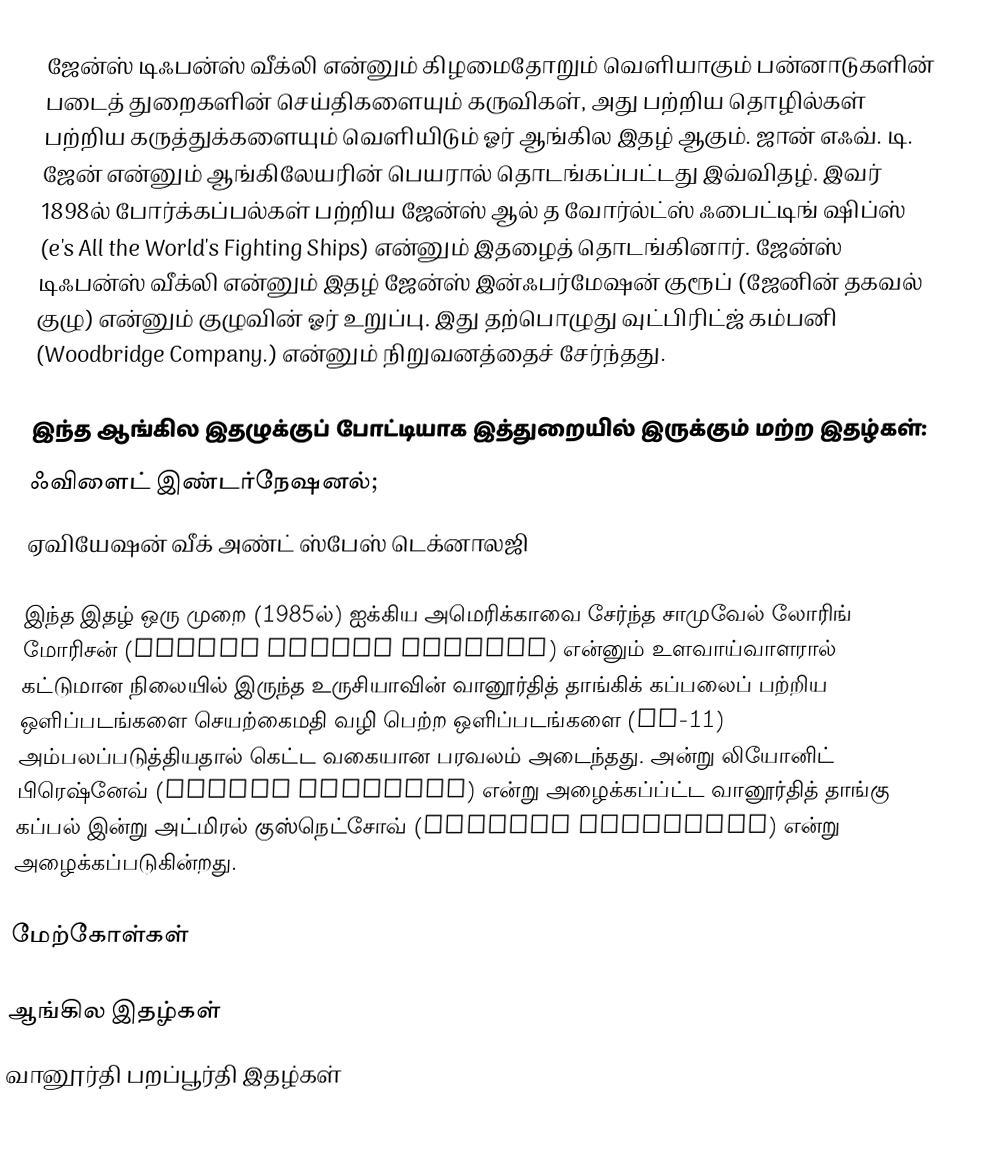
ஜேன்ஸ் டிஃபன்ஸ் வீக்லி என்னும் கிழமைதோறும் வெளியாகும் பன்னாடுகளின் படைத் துறைகளின் செய்திகளையும் கருவிகள், அது பற்றிய தொழில்கள் பற்றிய கருத்துக்களையும் வெளியிடும் ஓர் ஆங்கில இதழ் ஆகும். ஜான் எஃவ். டி. ஜேன் என்னும் ஆங்கிலேயரின் பெயரால் தொடங்கப்பட்டது இவ்விதழ். இவர் 1898ல் போர்க்கப்பல்கள் பற்றிய ஜேன்ஸ் ஆல் த வோர்ல்ட்ஸ் ஃபைட்டிங் ஷிப்ஸ் (e's All the World's Fighting Ships) என்னும் இதழைத் தொடங்கினார். ஜேன்ஸ் டிஃபன்ஸ் வீக்லி என்னும் இதழ் ஜேன்ஸ் இன்ஃபர்மேஷன் குரூப் (ஜேனின் தகவல் குழு) என்னும் குழுவின் ஓர் உறுப்பு. இது தற்பொழுது வுட்பிரிட்ஜ் கம்பனி (Woodbridge Company.) என்னும் நிறுவனத்தைச் சேர்ந்தது.

இந்த ஆங்கில இதழுக்குப் போட்டியாக இத்துறையில் இருக்கும் மற்ற இதழ்கள்:
 ஃவிளைட் இண்டர்நேஷனல்;
 ஏவியேஷன் வீக் அண்ட் ஸ்பேஸ் டெக்னாலஜி

இந்த இதழ் ஒரு முறை (1985ல்) ஐக்கிய அமெரிக்காவை சேர்ந்த சாமுவேல் லோரிங் மோரிசன் (Samuel Loring Morison) என்னும் உளவாய்வாளரால் கட்டுமான நிலையில் இருந்த உருசியாவின் வானூர்தித் தாங்கிக் கப்பலைப் பற்றிய ஒளிப்படங்களை  செயற்கைமதி வழி பெற்ற ஒளிப்படங்களை (KH-11) அம்பலப்படுத்தியதால் கெட்ட வகையான பரவலம் அடைந்தது. அன்று லியோனிட் பிரெஷ்னேவ் (Leonid Brezhnev) என்று அழைக்கப்ப்ட்ட வானூர்தித் தாங்கு கப்பல் இன்று அட்மிரல் குஸ்நெட்சோவ் (Admiral Kuznetsov) என்று அழைக்கப்படுகின்றது.

மேற்கோள்கள்

ஆங்கில இதழ்கள்
வானூர்தி பறப்பூர்தி இதழ்கள்